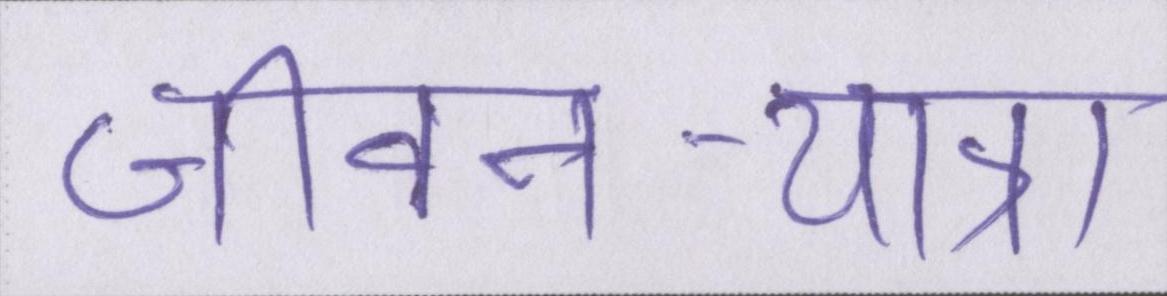
जीवन-यात्रा